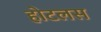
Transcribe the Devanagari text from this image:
होटलस